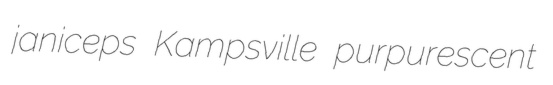
janiceps Kampsville purpurescent